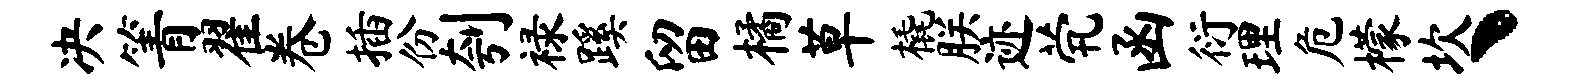
决箐翟卷插份刳禄蹊留橘草橇朕迹茕函衍理危檬坎丶